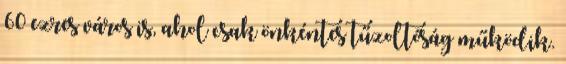
60 ezres város is, ahol csak önkéntes tűzoltóság működik.